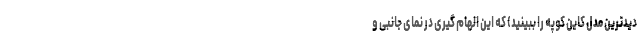
دیدترین مدل کاین کوپه را ببینید) که این الهام گیری در نمای جانبی و